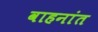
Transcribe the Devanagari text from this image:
वाहनांत